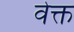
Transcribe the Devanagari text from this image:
वेक्त